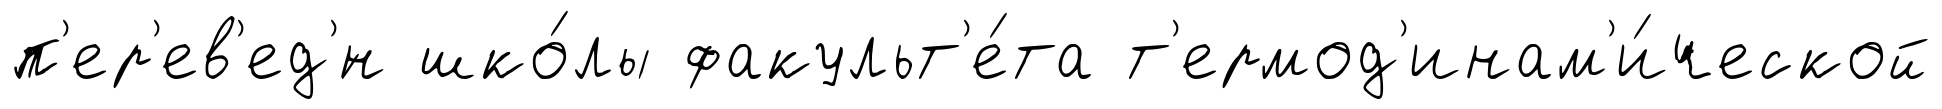
п'ер'ев'ед'́н шко́лы факульт'е́та т'ермод'инам'и́ческой